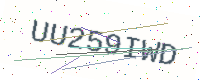
Text: UU259IWD